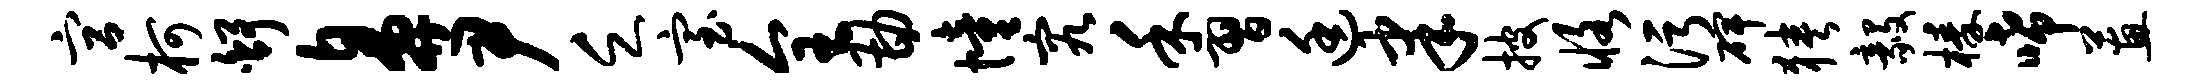
宫柯舒鼻尹乏室全勘憧究禾习廷聿披恪污碑狭毅榛唏蕙